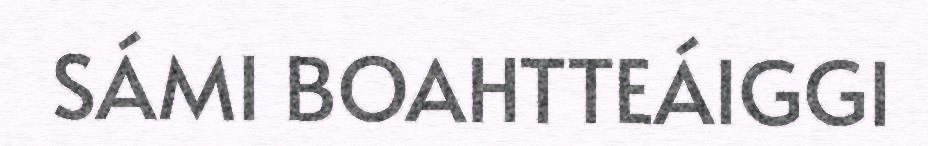
SÁMI BOAHTTEÁIGGI